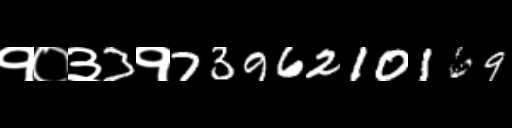
Text: १०३3१7396210169